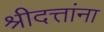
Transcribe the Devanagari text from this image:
श्रीदत्तांना